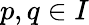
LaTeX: p,q\in I